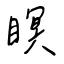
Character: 瞑